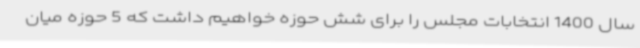
سال 1400 انتخابات مجلس را برای شش حوزه خواهیم داشت که 5 حوزه میان